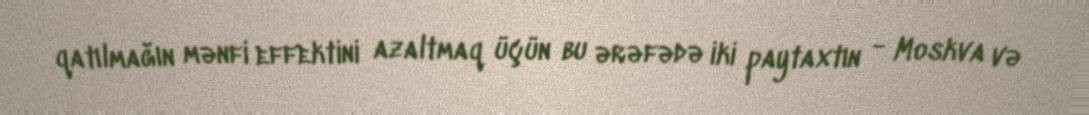
qatılmağın mənfi effektini azaltmaq üçün bu ərəfədə iki paytaxtın - Moskva və